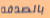
بالصدفه